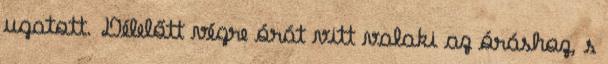
ugatott. Délelőtt végre órát vitt valaki az óráshoz, s